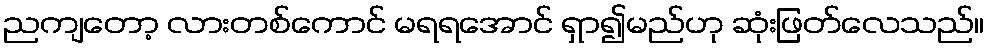
ညကျတော့ လားတစ်ကောင် မရရအောင် ရှာ၍မည်ဟု ဆုံးဖြတ်လေသည်။